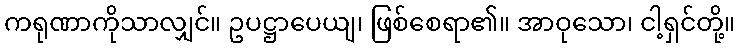
ကရုဏာကိုသာလျှင်။ ဥပဋ္ဌာပေယျ၊ ဖြစ်စေရာ၏။ အာဝုသော၊ ငါ့ရှင်တို့။